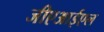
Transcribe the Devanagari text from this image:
जीएआईएल